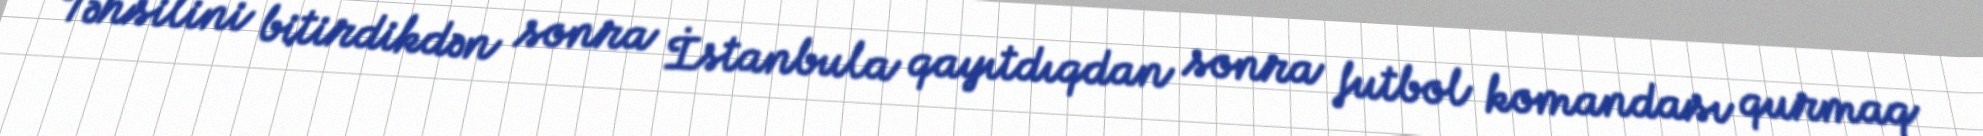
Təhsilini bitirdikdən sonra İstanbula qayıtdıqdan sonra futbol komandası qurmaq